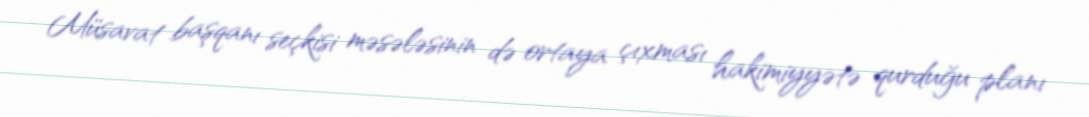
Müsavat başqanı seçkisi məsələsinin də ortaya çıxması hakimiyyətə qurduğu planı